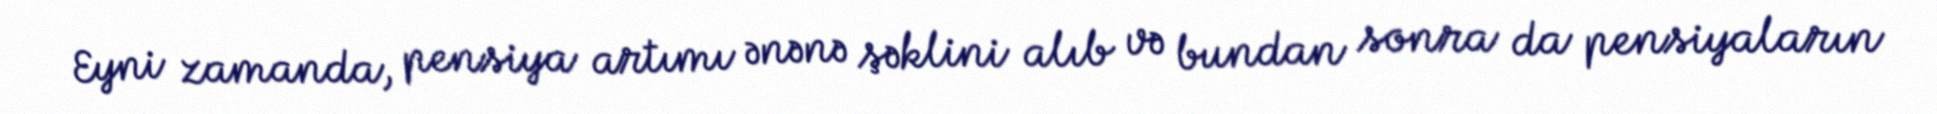
Eyni zamanda, pensiya artımı ənənə şəklini alıb və bundan sonra da pensiyaların